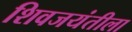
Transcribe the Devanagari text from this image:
शिवजयंतीला